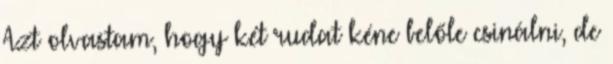
Azt olvastam, hogy két rudat kéne belőle csinálni, de